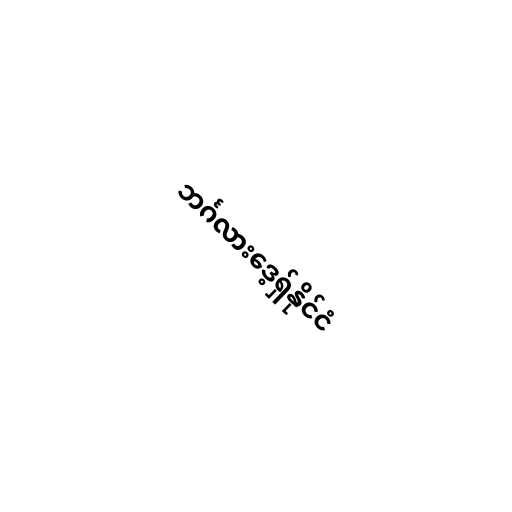
ဘင်္ဂလားဒေ့ရှ်နိုင်ငံ